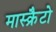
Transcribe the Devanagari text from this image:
मास्क्रैटो